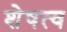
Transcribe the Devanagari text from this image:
शेषत्व